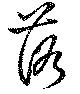
落